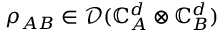
\rho _ { A B } \in \mathcal { D } ( \mathbb { C } _ { A } ^ { d } \otimes \mathbb { C } _ { B } ^ { d } )